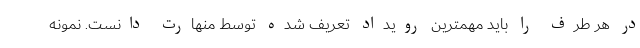
در هر طرف را باید مهمترین رویداد تعریف شده توسط منهارت دانست. نمونه